Indian journal of veterinary science and animal husbandry - Volumes 18-21, 1948-1951
Year: 1948
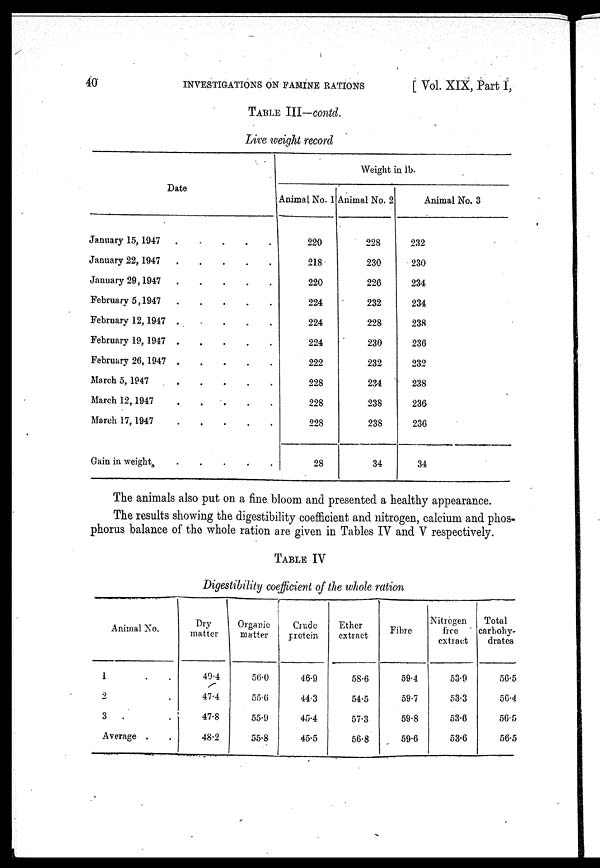
40
INVESTIGATIONS ON FAMINE RATIONS
[ Vol. XIX, Part I,
TABLE III—contd.
Live weight record
Date
January 15, 1947
.
.
.
.
.
January 22, 1947
.
.
.
.
January 29, 1947
.
.
.
.
February 5, 1947
.
.
.
.
February 12, 1947
.
.
.
.
February 19, 1947
February 26, 1947
March 5, 1947
.
.
.
.
March 12, 1947
.
.
.
.
March 17, 1947
.
.
.
.
Gain in weight
.
.
.
.
.
Weight in lb.
Animal No. 1
220
218
220
224
224
224
222
228
228
228
28
Animal No. 2
228
230
226
232
228
230
232
234
238
238
34
Animal No. 3
232
230
234
234
238
236
232
238
236
236
34
The animals also put on a fine bloom and presented a healthy appearance.
The results showing the digestibility coefficient and nitrogen, calcium and phos-
phorus balance of the whole ration are given in Tables IV and V respectively.
TABLE IV
Digestibility coefficient of the whole ration
Animal No.
1 . .
2 .
3 .
Average . .
Dry
matter
40.4
47.4
47.8
48.2
Organic
matter
56.0
55.6
55.9
55.8
Crude
protein
46.9
44.3
45.4
45.5
Ether
extract
58.6
54.5
57.3
56.8
Fibre
59.4
59.7
59.8
59.6
Nitrogen
free
extract
53.9
53.3
53.6
53.6
Total
carbohy-
drates
56.5
56.4
56.5
56.5